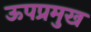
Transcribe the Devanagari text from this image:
ऊपप्रमुख